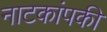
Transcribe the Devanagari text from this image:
नाटकांपकी